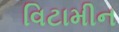
વિટામીન